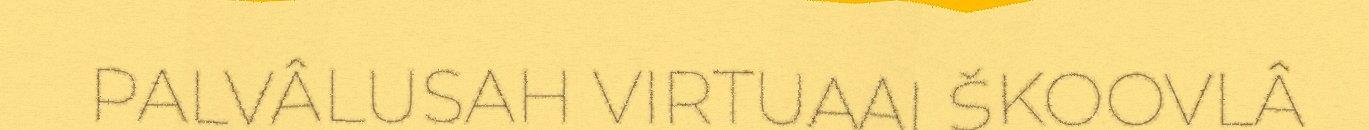
PALVÂLUSAH VIRTUAALŠKOOVLÂ